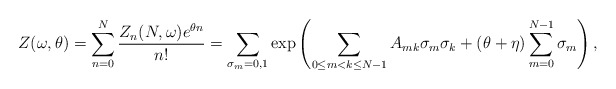
\begin{align*}Z(\omega,\theta)=\sum_{n=0}^N \frac{Z_n(N,\omega)e^{\theta n}}{n!} =\sum_{\sigma_m=0,1} \exp \left( \sum_{0 \le m<k \le N-1}A_{mk}\sigma_m\sigma_k+(\theta+\eta) \sum_{m=0}^{N-1} \sigma_m \right),\end{align*}